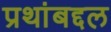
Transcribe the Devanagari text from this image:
प्रथांबद्दल